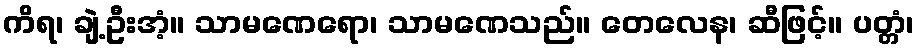
ကိရ၊ ချဲ့ဦးအံ့။ သာမဏေရော၊ သာမဏေသည်။ တေလေန၊ ဆီဖြင့်။ ပတ္တံ၊